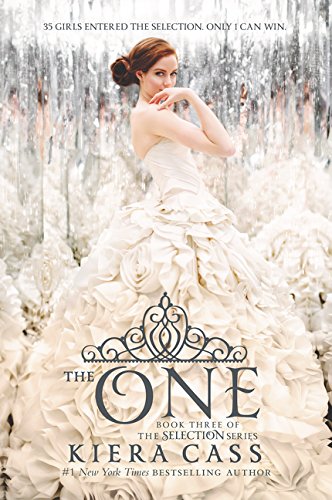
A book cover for The One (The Selection); Kiera Cass; Teen & Young Adult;